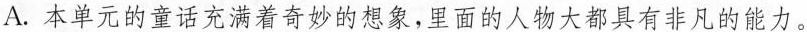
A.本单元的童话充满着奇妙的想象，里面的人物大都具有非凡的能力。